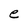
Character: e